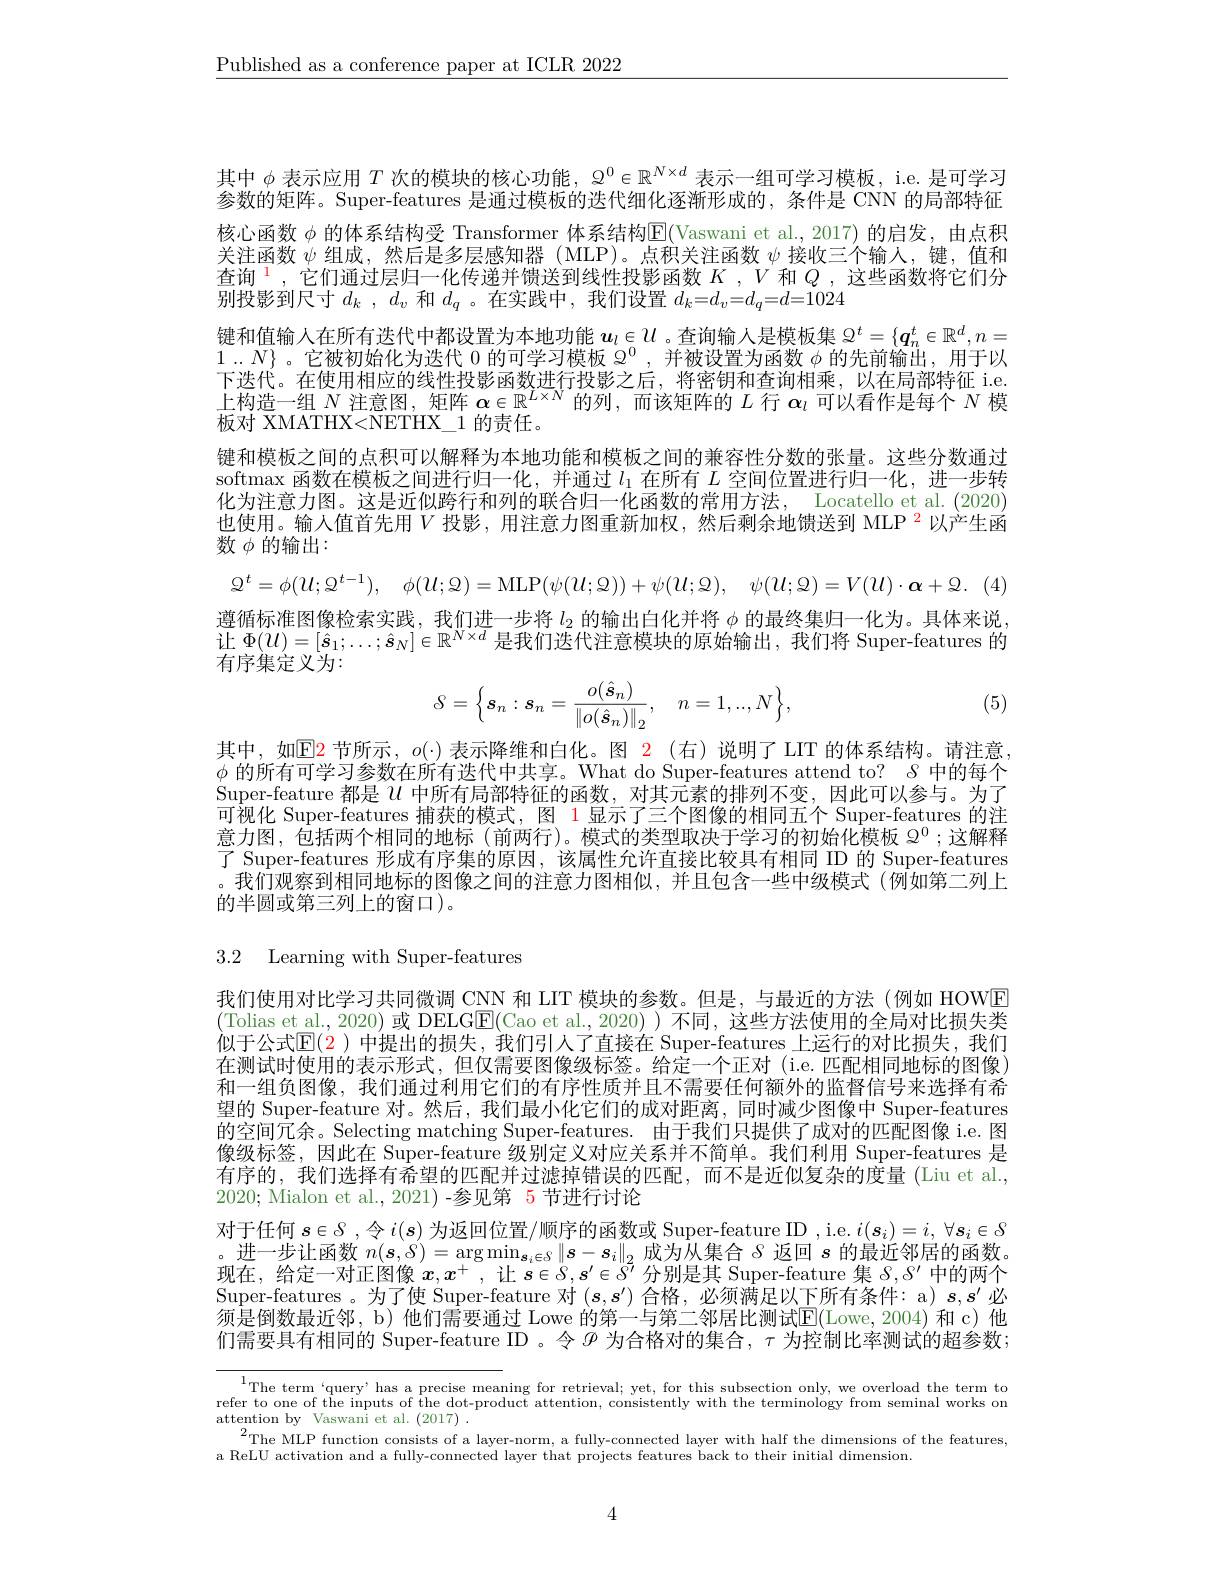
$\underline{\text{Published as a conference paper at ICLR 2022}}$

其中$\phi$表示应用$T$次的模块的核心功能，$\mathbb{Q}^0\in\mathbb{R}^{N\times d}$表示一组可学习模板，i.e. 是可学习参数的矩阵。Super-features 是通过模板的迭代细化逐渐形成的，条件是 CNN 的局部特征核心函数 $\phi$ 的体系结构受 Transformer 体系结构$\mathbb{E}($Vaswani et al., 2017) 的启发，由点积关注函数$\psi$组成，然后是多层感知器 (MLP)。点积关注函数$\psi$接收三个输人，键，值和查询$^{\color{red}{1}}$,它们通过层归一化传递并馈送到线性投影函数$K,V$和$Q$ ,这些函数将它们分别投影到尺寸$d_k$ , $d_v$和$d_q$ 。在实践中，我们设置$d_k=d_v=d_q=d=1024$
键和值输入在所有迭代中都设置为本地功能$u_l\in\mathcal{U}$。查询输入是模板集 $\mathbb{Q}^t=\{\boldsymbol{q}_n^t\in\mathbb{R}^d,n=$ $1..N\}$。它被初始化为迭代0的可学习模板$\Omega^0$,并被设置为函数$\phi$的先前输出，用于以下迭代。在使用相应的线性投影函数进行投影之后，将密钥和查询相乘，以在局部特征 i.e. 上构造一组$N$注意图，矩阵$\alpha\in\mathbb{R}^L\times N$的列，而该矩阵的$L$行$\alpha_\iota$可以看作是每个$N$模板对 XMATHX<NETHX\_1 的责任。
键和模板之间的点积可以解释为本地功能和模板之间的兼容性分数的张量。这些分数通过softmax 函数在模板之间进行归一化，并通过$l_1$在所有$L$空间位置进行归一化，进一步转化为注意力图。这是近似跨行和列的联合归一化函数的常用方法，Locatello et al. (2020) 也使用。输人值首先用$V$投影，用注意力图重新加权，然后剩余地馈送到 MLP $^{2}$以产生函数$\phi$的输出：
$$\mathcal{Q}^{t}=\phi(\mathcal{U};\mathcal{Q}^{t-1}),\quad\phi(\mathcal{U};\mathcal{Q})=\mathrm{MLP}(\psi(\mathcal{U};\mathcal{Q}))+\psi(\mathcal{U};\mathcal{Q}),\quad\psi(\mathcal{U};\mathcal{Q})=V(\mathcal{U})\cdot\boldsymbol{\alpha}+\mathcal{Q}.$$
遵循标准图像检索实践，我们进一步将$l_{2}$的输出白化并将$\phi$的最终集归一化为。具体来说， 让$\Phi(U)=[\hat{\boldsymbol{s}}_1;\ldots;\hat{\boldsymbol{s}}_N]\in\mathbb{R}^{N\times d}$是我们迭代注意模块的原始输出，我们将 Super-features 的有序集定义为：
$$S=\Big\{\boldsymbol{s}_n:\boldsymbol{s}_n=\frac{o(\hat{\boldsymbol{s}}_n)}{\left\|o(\hat{\boldsymbol{s}}_n)\right\|_2},\quad n=1,..,N\Big\},$$
(5)

其中，如$\mathbb{E}$2 节所示，$o(\cdot)$ 表示降维和白化。图 $\color{red}{2}$(右)说明了 LIT 的体系结构。请注意， $\phi$的所有可学习参数在所有迭代中共享。What do Super-features attend to? $\delta$中的每个Super-feature 都是$u$ 中所有局部特征的函数，对其元素的排列不变，因此可以参与。为了可视化 Super-features 捕获的模式，图 1 显示了三个图像的相同五个 Super-features 的注意力图，包括两个相同的地标(前两行)。模式的类型取决于学习的初始化模板 $\bar{\Omega^0};$这解释了 Super-features 形成有序集的原因，该属性允许直接比较具有相同 ID 的 Super-features 。我们观察到相同地标的图像之间的注意力图相似，并且包含一些中级模式(例如第二列上的半圆或第三列上的窗口)。

3.2 Learning with Super-features

我们使用对比学习共同微调 CNN 和 LIT 模块的参数。但是，与最近的方法(例如 HOWE (Tolias et al., 2020) 或 DELG$\underline{\mathrm{E}}($Cao et al., 2020)) 不同，这些方法使用的全局对比损失类似于公式$\mathbb{E}(2)$ 中提出的损失，我们引人了直接在 Super-features 上运行的对比损失，我们在测试时使用的表示形式，但仅需要图像级标签。给定一个正对 (i.e. 匹配相同地标的图像) 和一组负图像，我们通过利用它们的有序性质并且不需要任何额外的监督信号来选择有希望的 Super-feature 对。然后，我们最小化它们的成对距离，同时减少图像中 Super-features 的空间冗余。Selecting matching Super-features. 由于我们只提供了成对的匹配图像 i.e. 图像级标签，因此在 Super-feature 级别定义对应关系并不简单。我们利用 Super-features 是有序的，我们选择有希望的匹配并过滤掉错误的匹配，而不是近似复杂的度量 (Liu et al., 2020; Mialon et al., 2021)-参见第 5 节进行讨论
对于任何 $s\in S$ ,令 $i(s)$ 为返回位置/顺序的函数或 Super-feature ID , i.e. $i(s_i)=i,\forall s_i\in\delta$ $_{\text{。进一步让函数 }n(\boldsymbol{s},\delta)=\arg\min_{\boldsymbol{s}_i\in S}\|\boldsymbol{s}-\boldsymbol{s}_i\|_2\text{ 成为从集合 }\delta\text{ 返回 }s\text{ 的最近邻居的函数。}}$
让$\boldsymbol{s}\in\delta,\boldsymbol{s}^{\prime}\in\bar{S^{\prime}}$分别是其 Super-feature 集$\delta,\delta^\prime$中的两个
现在，给定一对正图像$x,x^+$
Super-features。为了使 Super-feature 对$(s,s^{\prime})$合格，必须满足以下所有条件：a) $s,s^\prime$必须是倒数最近邻，b) 他们需要通过 Lowe 的第一与第二邻居比测试$\overline{\mathrm{E}}($Lowe,2004)和 c)他们需要具有相同的 Super-feature ID 。令$\mathscr{P}$为合格对的集合，$\tau$为控制比率测试的超参数；

$\frac 1{\text{The term“ query’ has a precise meaning for rettrieval;  yet,  for this subsection only,  we overload the term to}}{\text{refer to one of the dot- product attention,  consistently with the terminology from seminal works on}}$attention by Vaswani et al.  (2017
$^{2}$The MLP function consists of a layer-norm, a fully-connected layer with half the dimensions of the features
a ReLU activation and a fully-connected layer that projects features back to their initial dimension

4